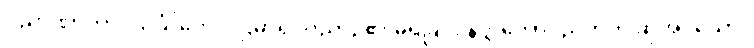
ဝိညာဏာဘာဝသင်္ခါတေ၊ ပဌမာရုပ္ပဝိညာဉ်၏ မရှိခြင်း နတ္ထိဘောပညတ်ဟု ဆိုအပ်သော။